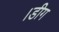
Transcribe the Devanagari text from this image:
।डीग